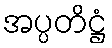
အပ္ပတိဋ္ဌံ